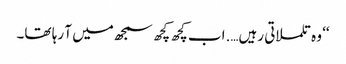
‘‘ وہ تلملاتی رہیں….اب کچھ کچھ سمجھ میں آ رہا تھا۔